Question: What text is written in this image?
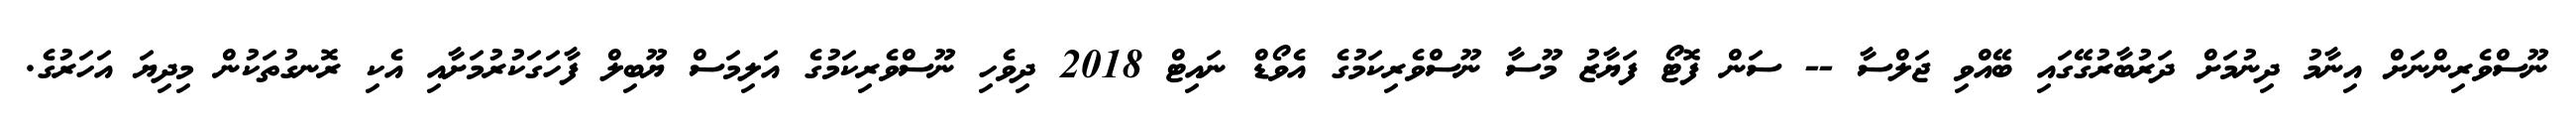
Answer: ނޫސްވެރިންނަށް އިނާމު ދިނުމަށް ދަރުބާރުގޭގައި ބޭއްވި ޖަލްސާ -- ސަން ފޮޓޯ ފަޔާޒު މޫސާ ނޫސްވެރިކަމުގެ އެވޯޑް ނައިޓް 2018 ދިވެހި ނޫސްވެރިކަމުގެ އަލިމަސް ޔޫބިލް ފާހަގަކުރުމަށާއި އެކި ރޮނގުތަކުން މިދިޔަ އަހަރުގެ.